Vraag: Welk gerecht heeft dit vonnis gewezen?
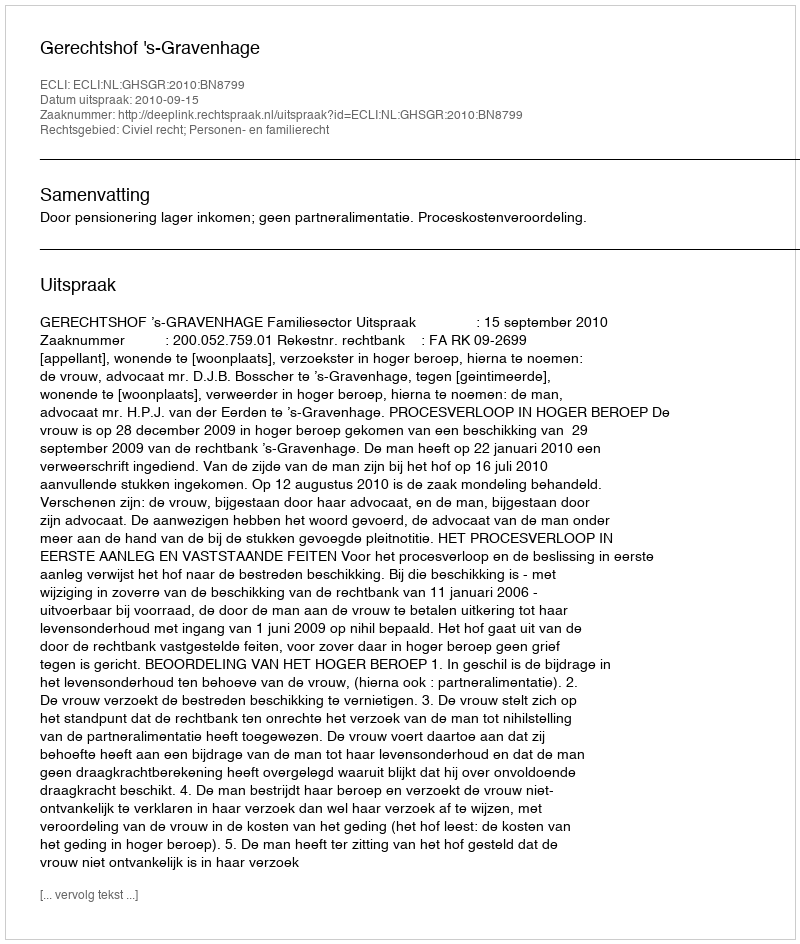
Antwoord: Gerechtshof 's-Gravenhage